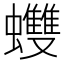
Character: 𧕟